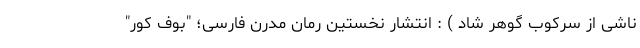
ناشی از سرکوب گوهر شاد ) : انتشار نخستین رمان مدرن فارسی؛ "بوف کور"